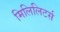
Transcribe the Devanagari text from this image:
मिलिलिटर्स